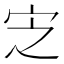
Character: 㝎